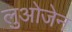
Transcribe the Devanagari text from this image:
लुओजेन